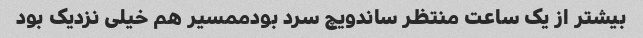
بیشتر از یک ساعت منتظر ساندویچ سرد بودممسیر هم خیلی نزدیک بود